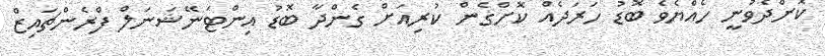
ކޮށްދެވުނީ ހެއްޔެވެ ބޮޑު ހަރަދެއް ކޮށްގެން ކުރިއަށް ގެންދާ ބޮޑު އިންޓަނޭޝަނަލް ފްރެންޗައިޒް